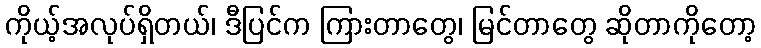
ကိုယ့်အလုပ်ရှိတယ်၊ ဒီပြင်က ကြားတာတွေ၊ မြင်တာတွေ ဆိုတာကိုတော့